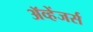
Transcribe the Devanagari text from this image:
ॲव्हेंजर्स